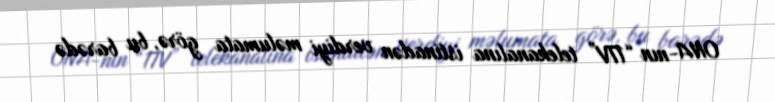
ONA-nın “1TV” telekanalına istinadən verdiyi məlumata görə, bu barədə